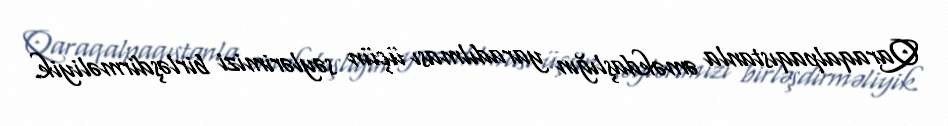
Qaraqalpaqıstanla əməkdaşlığın yaradılması üçün səylərimizi birləşdirməliyik.